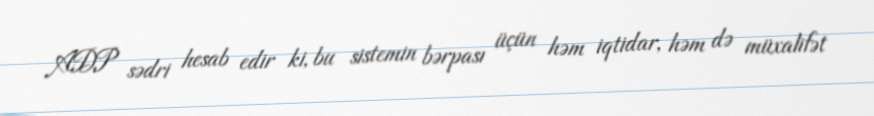
ADP sədri hesab edir ki, bu sistemin bərpası üçün həm iqtidar, həm də müxalifət